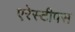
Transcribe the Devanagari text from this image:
एरेस्टीपस